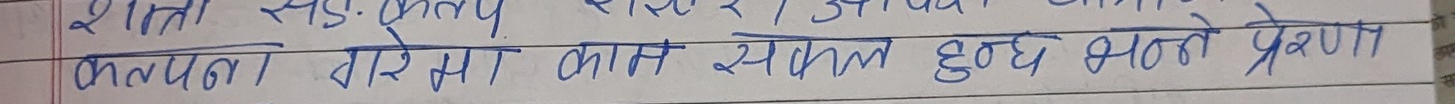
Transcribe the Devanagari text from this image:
कल्पना गरेमा काम सफल हुन्छ भन्ने प्रेरणा।